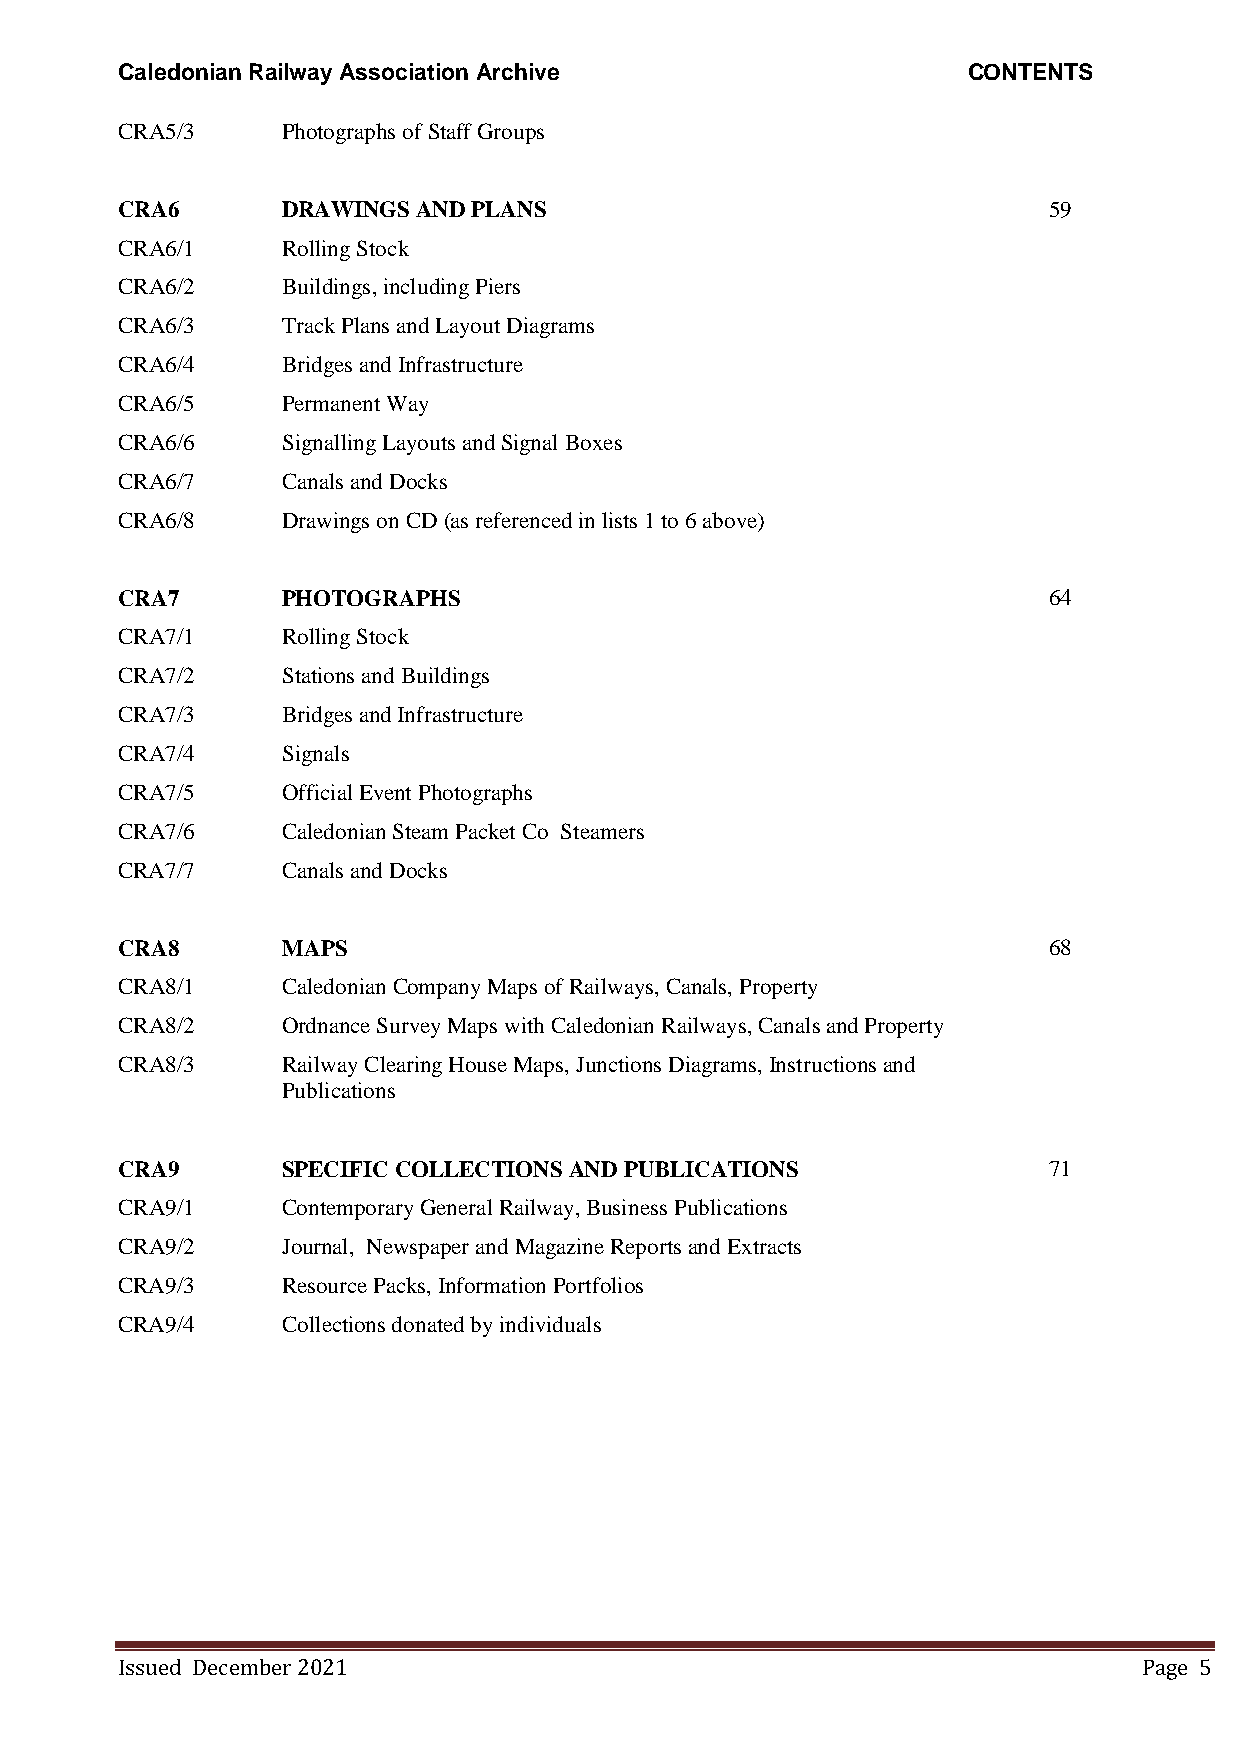
Caledonian Railway Association Archive                  CONTENTS
 CRA5/3     Photographs of Staff Groups
 CRA6       DRAWINGS AND PLANS                                59
 CRA6/1     Rolling Stock
 CRA6/2     Buildings, including Piers
 CRA6/3     Track Plans and Layout Diagrams
 CRA6/4     Bridges and Infrastructure
 CRA6/5     Permanent Way
 CRA6/6     Signalling Layouts and Signal Boxes
 CRA6/7     Canals and Docks
 CRA6/8     Drawings on CD (as referenced in lists 1 to 6 above)
 CRA7       PHOTOGRAPHS                                       64
 CRA7/1     Rolling Stock
 CRA7/2     Stations and Buildings
 CRA7/3     Bridges and Infrastructure
 CRA7/4     Signals
 CRA7/5     Official Event Photographs
 CRA7/6     Caledonian Steam Packet Co Steamers
 CRA7/7     Canals and Docks
 CRA8       MAPS                                              68
 CRA8/1     Caledonian Company Maps of Railways, Canals, Property
 CRA8/2     Ordnance Survey Maps with Caledonian Railways, Canals and Property
 CRA8/3     Railway Clearing House Maps, Junctions Diagrams, Instructions and
 Publications
 CRA9       SPECIFIC COLLECTIONS AND PUBLICATIONS             71
 CRA9/1     Contemporary General Railway, Business Publications
 CRA9/2     Journal, Newspaper and Magazine Reports and Extracts
 CRA9/3     Resource Packs, Information Portfolios
 CRA9/4     Collections donated by individuals
 Issued December 2021                                                Page 5